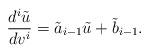
LaTeX: \begin{align*} \frac{d^i\tilde{u}}{dv^i}=\tilde{a}_{i-1}\tilde{u}+\tilde{b}_{i-1}.\end{align*}